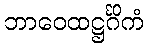
ဘာဝေထဋ္ဌင်္ဂိကံ